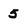
Character: 5